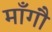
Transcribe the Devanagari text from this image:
माँगौ